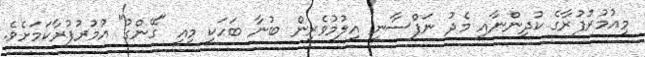
މިއުމުރުފުރާގެ ކުދިންނާއި މެދު ނަފްސާނީ އިލުމުވެރިން ބުނާ ބަހަކީ މިއީ "ގޭންގު" އުމުރުފުރާކަމަށެވެ.